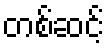
တစ်ဆင့်